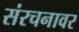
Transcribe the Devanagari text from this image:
संरचनावर